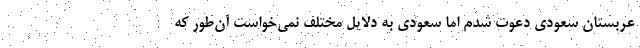
عربستان سعودي دعوت شدم اما سعودي به دلايل مختلف نمي‌خواست آن‌طور كه